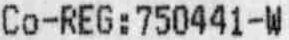
CO-REG:750441-W